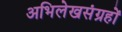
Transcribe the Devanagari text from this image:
अभिलेखसंग्रहों